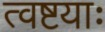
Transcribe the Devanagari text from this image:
त्वष्टयाः